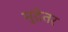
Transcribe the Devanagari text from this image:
मुद्रेतर